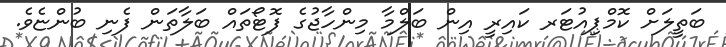
ބަތީލަށް ކޮމްޕިއުޓަރ ކައިރީ އިން ބަލްމާ މިންހާޖުގެ ފޮޓޯތައް ބަލާތަން ފެނި ބުންޏެވެ.